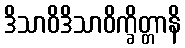
ဒိသာဝိဒိသာဝိက္ခိတ္တာနိ